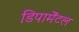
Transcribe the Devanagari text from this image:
डिपार्मेंटल